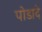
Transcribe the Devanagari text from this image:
पोडादे